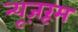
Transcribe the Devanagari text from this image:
न्यूज़रूम